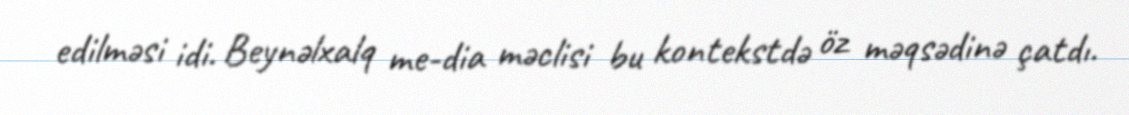
edilməsi idi. Beynəlxalq me­dia məclisi bu kontekstdə öz məqsədinə çatdı.